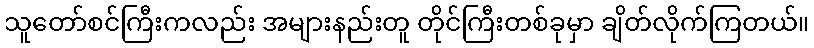
သူတော်စင်ကြီးကလည်း အများနည်းတူ တိုင်ကြီးတစ်ခုမှာ ချိတ်လိုက်ကြတယ်။